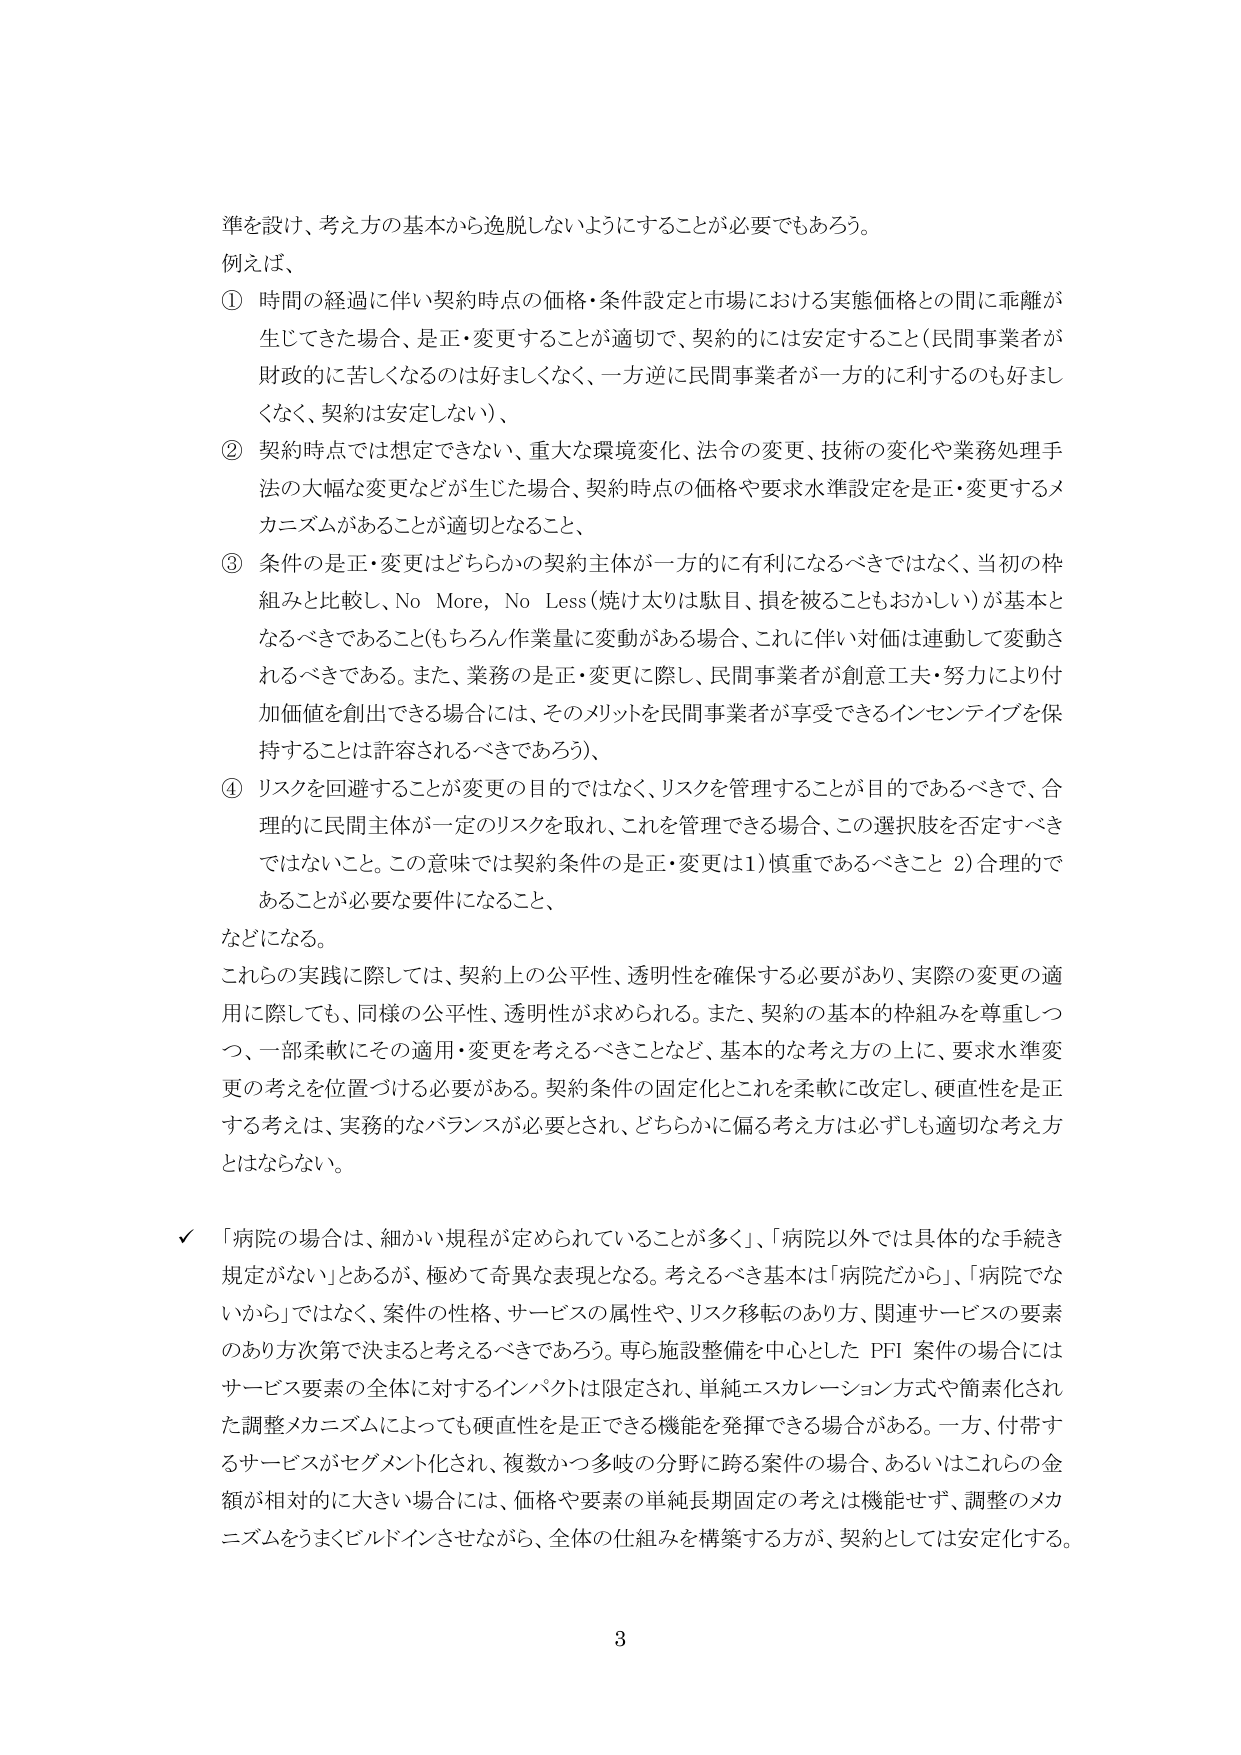
準を設け、考え方の基本から逸脱しないようにすることが必要でもあろう。

例えば、

① 時間の経過に伴い契約時点の価格・条件設定と市場における実態価格との間に乖離が生じてきた場合、是正・変更することが適切で、契約的には安定すること（民間事業者が財政的に苦しくなるのは好ましくなく、一方逆に民間事業者が一方的に利するのも好ましくなく、契約は安定しない）、

② 契約時点では想定できない、重大な環境変化、法令の変更、技術の変化や業務処理手法の大幅な変更などが生じた場合、契約時点の価格や要求水準設定を是正・変更するメカニズムがあることが適切となること、

③ 条件の是正・変更はどちらかの契約主体が一方的に有利になるべきではなく、当初の枠組みと比較し、No More, No Less（焼け太りは駄目、損を被ることもおかしい）が基本となるべきであること（もちろん作業量に変動がある場合、これに伴い対価は連動して変動されるべきである。また、業務の是正・変更に際し、民間事業者が創意工夫・努力により付加価値を創出できる場合には、そのメリットを民間事業者が享受できるインセンティブを保持することは許容されるべきであろう）、

④ リスクを回避することが変更の目的ではなく、リスクを管理することが目的であるべきで、合理的に民間主体が一定のリスクを取れ、これを管理できる場合、この選択肢を否定すべきではないこと。この意味では契約条件の是正・変更は1）慎重であるべきこと 2）合理的であることが必要な要件になること、

などになる。

これらの実践に際しては、契約上の公平性、透明性を確保する必要があり、実際の変更の適用に際しても、同様の公平性、透明性が求められる。また、契約の基本的枠組みを尊重しつつ、一部柔軟にその適用・変更を考えるべきことなど、基本的な考え方の上に、要求水準変更の考えを位置づける必要がある。契約条件の固定化とこれを柔軟に改定し、硬直性を是正する考えは、実務的なバランスが必要とされ、どちらかに偏る考え方は必ずしも適切な考え方とはならない。

✓ 「病院の場合は、細かい規程が定められていることが多く」、「病院以外では具体的な手続き規定がない」とあるが、極めて奇異な表現となる。考えるべき基本は「病院だから」、「病院でないから」ではなく、案件の性格、サービスの属性や、リスク移転のあり方、関連サービスの要素のあり方次第で決まると考えるべきであろう。専ら施設整備を中心とした PFI 案件の場合にはサービス要素の全体に対するインパクトは限定され、単純エスカレーション方式や簡素化された調整メカニズムによっても硬直性を是正できる機能を発揮できる場合がある。一方、付帯するサービスがセグメント化され、複数かつ多岐の分野に跨る案件の場合、あるいはこれらの金額が相対的に大きい場合には、価格や要素の単純長期固定の考えは機能せず、調整のメカニズムをうまくビルドインさせながら、全体の仕組みを構築する方が、契約としては安定化する。

3